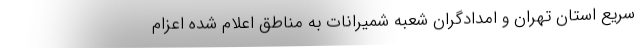
سریع استان تهران و امدادگران شعبه شمیرانات به مناطق اعلام شده اعزام